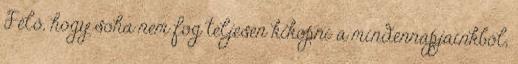
Félő, hogy soha nem fog teljesen kikopni a mindennapjainkból,